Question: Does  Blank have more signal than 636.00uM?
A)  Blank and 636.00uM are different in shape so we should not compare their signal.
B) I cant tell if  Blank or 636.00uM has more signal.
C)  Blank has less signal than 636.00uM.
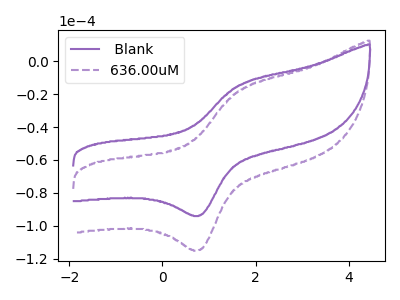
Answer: <think>The purple curve " Blank" has an anodic peak at (1.65V, -14.45uA) and a cathodic peak at (0.80V, -93.65uA). The purple dashed curve "636.00uM" has an anodic peak at (1.65V, -17.70uA) and a cathodic peak at (0.80V, -114.65uA).
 All the peaks in " Blank" have a peak in "636.00uM" at the same potential.</think>
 <answer>B) I cant tell if " Blank" or "636.00uM" has more signal.</answer>
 <eval>B</eval>